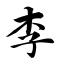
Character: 李